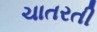
ચાતરતી